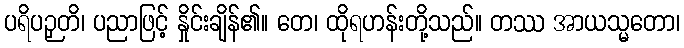
ပရိပဉှတိ၊ ပညာဖြင့် နှိုင်းချိန်၏။ တေ၊ ထိုရဟန်းတို့သည်။ တဿ အာယသ္မတော၊